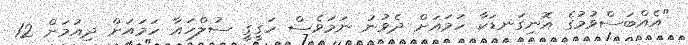
"އެއްބަސްވުމުގެ އޮނިގަނޑަކާ ހަމައަށް ދެވުނު ނަމަވެސް ހަގީގީ ސުލްހައާ ހަމައަށް ދިއުމަށް 12